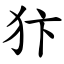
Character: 犿